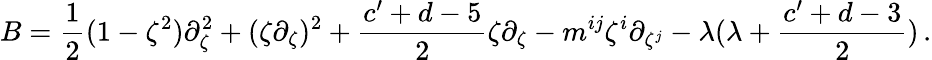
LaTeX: B=\frac{1}{2}(1-\zeta^{2})\partial_{\zeta}^{2}+(\zeta\partial_{\zeta})^{2}+\frac{c^{\prime}+d-5}{2}\zeta\partial_{\zeta}-m^{ij}\zeta^{i}\partial_{\zeta^{j}}-\lambda(\lambda+\frac{c^{\prime}+d-3}{2})\, .